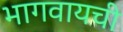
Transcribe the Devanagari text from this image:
भागवायची